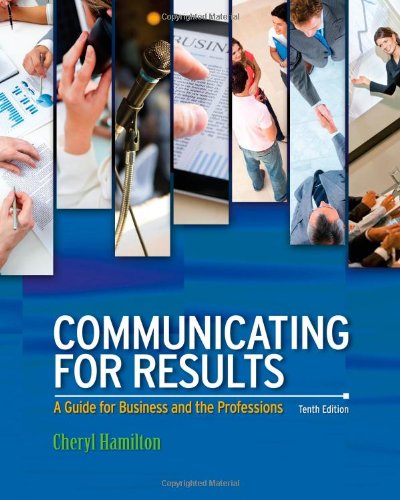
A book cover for Communicating for Results: A Guide for Business and the Professions; Cheryl Hamilton; Humor & Entertainment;